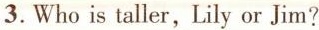
3. Who is taller, Lily or Jim?